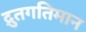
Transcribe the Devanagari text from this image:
द्रुतगतिमान